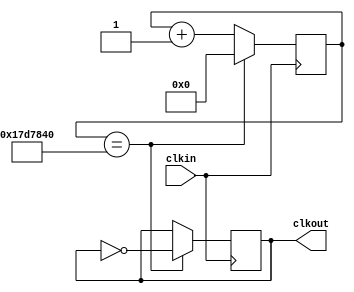
module clk_contador(clkin, clkout);
	input clkin;
	output clkout;
	reg clkout;
	reg [24:0]cont;
	initial begin
		clkout = 1'b0;
		cont = 25'b0000000000000000000000000;
	end
	
	always@(posedge clkin)begin
		if(cont == 25'b1011111010111100001000000)begin
			clkout <= ~clkout;
			cont = 25'b0000000000000000000000000;
		end
		else begin
			cont <= cont +25'b0000000000000000000000001;
		end
	end
	
endmodule